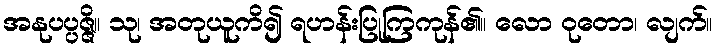
အနုပပ္ပဇ္ဇိ။ သု၊ အတုယူကိ၍ ရဟန်းပြုကြကုန်၏။ လော ဝုတော၊ လျက်။